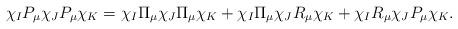
LaTeX: \begin{align*}\chi_IP_\mu\chi_JP_\mu\chi_K = \chi_I\Pi_\mu \chi_J \Pi_\mu\chi_K + \chi_I \Pi_\mu \chi_J R_\mu\chi_K + \chi_IR_\mu\chi_J P_\mu\chi_K.\end{align*}